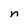
Character: n